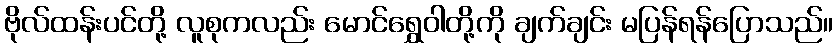
ဗိုလ်ထန်းပင်တို့ လူစုကလည်း မောင်ရွှေဝါတို့ကို ချက်ချင်း မပြန်ရန်ပြောသည်။